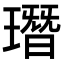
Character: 㻸